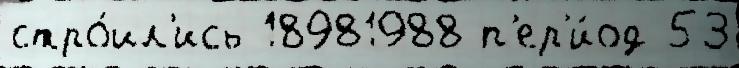
стро́ил'ись 18981988 п'ер'и́од 53